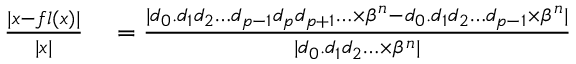
\begin{array} { r l } { { \frac { | x - f l ( x ) | } { | x | } } } & { { } = { \frac { | d _ { 0 } . d _ { 1 } d _ { 2 } \ldots d _ { p - 1 } d _ { p } d _ { p + 1 } \ldots \times \beta ^ { n } - d _ { 0 } . d _ { 1 } d _ { 2 } \ldots d _ { p - 1 } \times \beta ^ { n } | } { | d _ { 0 } . d _ { 1 } d _ { 2 } \ldots \times \beta ^ { n } | } } } \end{array}